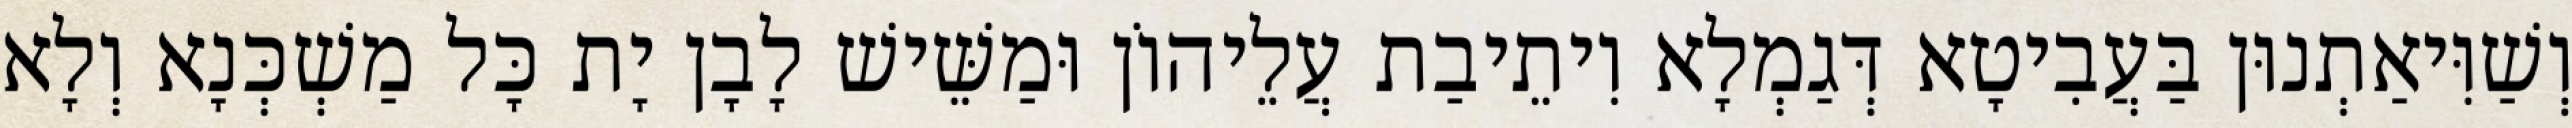
וְשַׁוִּיאַתְנוּן בַּעֲבִיטָא דְּגַמְלָא וִיתֵיבַת עֲלֵיהוֹן וּמַשֵּׁישׁ לָבָן יָת כָּל מַשְׁכְּנָא וְלָא